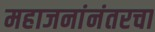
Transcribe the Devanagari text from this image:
महाजनांनंतरचा